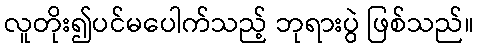
လူတိုး၍ပင်မပေါက်သည့် ဘုရားပွဲ ဖြစ်သည်။